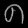
Digit: ၈